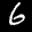
Label: 6